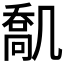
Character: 𠙪